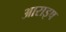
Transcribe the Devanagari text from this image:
आराइष